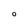
Character: O